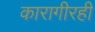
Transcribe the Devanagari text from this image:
कारागीरही